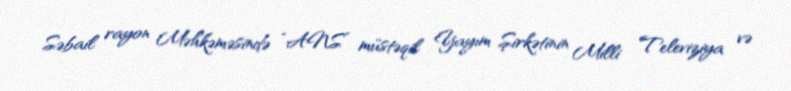
Səbail rayon Məhkəməsində “ANS” müstəqil Yayım Şirkətinin Milli Televiziya və